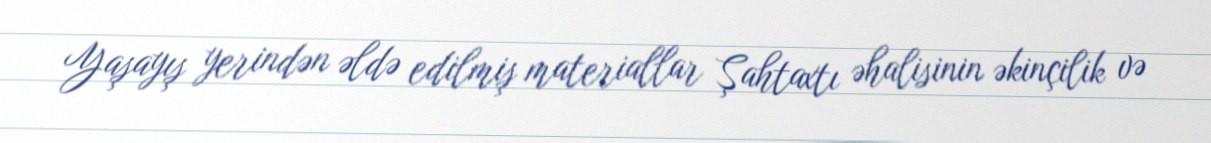
Yaşayış yerindən əldə edilmiş materiallar Şahtaxtı əhalisinin əkinçilik və